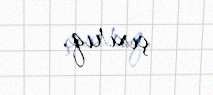
çıxırıq.